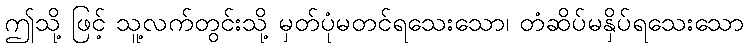
ဤသို့ ဖြင့် သူ့လက်တွင်းသို့ မှတ်ပုံမတင်ရသေးသော၊ တံဆိပ်မနှိပ်ရသေးသော